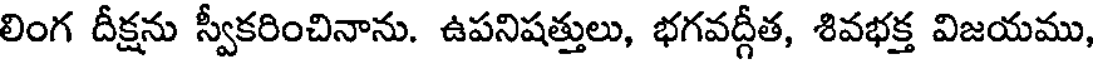
లింగ దీక్షను స్వీకరించినాను. ఉపనిషత్తులు, భగవద్గీత, శివభక్త విజయము,